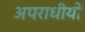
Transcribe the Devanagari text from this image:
अपराधीयों